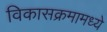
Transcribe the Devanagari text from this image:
विकासक्रमामध्ये